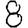
Digit: 8